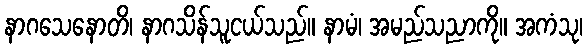
နာဂသေနောတိ၊ နာဂသိန်သူငယ်သည်။ နာမံ၊ အမည်သညာကို။ အကံသု၊